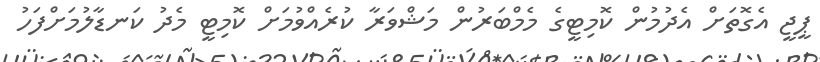
ޕީޖީ އެގޮތަށް އެދުމުން ކޮމިޓީގެ މެމްބަރުން މަޝްވަރާ ކުރެއްވުމަށް ކޮމިޓީ މެދު ކަނޑާލުމަށްފަހު